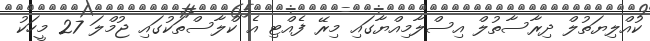
ކުއްލިޔަތުލް ދިރާސާތުލް އިސްލާމިއްޔާގައި މިރޭ ފެއްޓި އެ ކްލާސްތަކުގައި ޖުމްލަ 27 މީހަކު